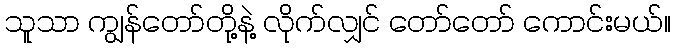
သူသာ ကျွန်တော်တို့နဲ့ လိုက်လျှင် တော်တော် ကောင်းမယ်။